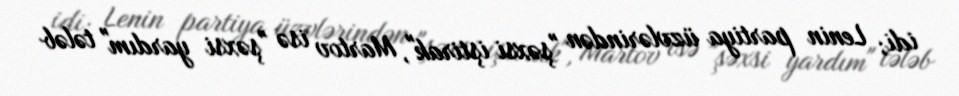
idi; Lenin partiya üzvlərindən "şəxsi iştirak", Martov isə "şəxsi yardım" tələb